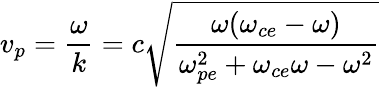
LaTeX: v_{p}=\frac{\omega}{k}=c\sqrt{\frac{\omega(\omega_{ce}-\omega)}{\omega_{pe}^{2}+\omega_{ce}\omega-\omega^{2}}}